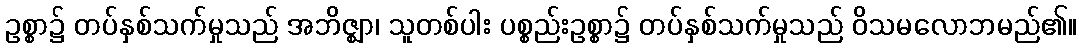
ဥစ္စာ၌ တပ်နှစ်သက်မှုသည် အဘိဇ္ဈာ၊ သူတစ်ပါး ပစ္စည်းဥစ္စာ၌ တပ်နှစ်သက်မှုသည် ဝိသမလောဘမည်၏။